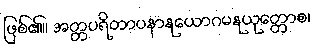
ဖြစ်၏။ အတ္တပရိတာပနာနုယောဂမနုယုတ္တောစ၊